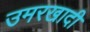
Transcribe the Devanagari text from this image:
उमरखादी